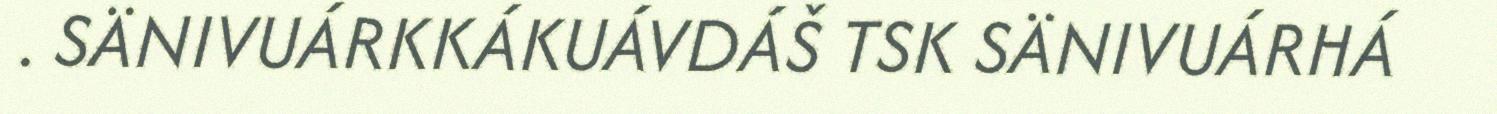
. SÄNIVUÁRKKÁKUÁVDÁŠ TSK SÄNIVUÁRHÁ